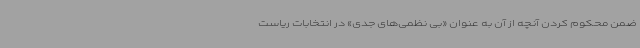
ضمن محکوم کردن آنچه از آن به عنوان «بی نظمی‌های جدی» در انتخابات ریاست